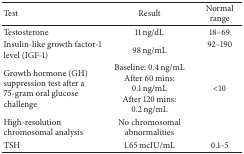
<table><thead><tr><td><b>Test</b></td><td><b>Result</b></td><td><b>Normal range</b></td></tr></thead><tbody><tr><td>Testosterone</td><td>11 ng/dL</td><td> 18–69 </td></tr><tr><td>Insulin-like growth factor-1 level (IGF-1) </td><td> 98 ng/mL</td><td> 92–190 </td></tr><tr><td>Growth hormone (GH) suppression test after a 75-gram oral glucose challenge </td><td> Baseline: 0.4 ng/mLAfter 60 mins: 0.1 ng/mL After 120 mins: 0.2 ng/mL</td><td> &lt;10 </td></tr><tr><td>High-resolution chromosomal analysis</td><td>No chromosomal abnormalities</td><td> </td></tr><tr><td>TSH</td><td>1.65 mcIU/mL</td><td> 0.1–5 </td></tr></tbody></table>